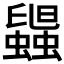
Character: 𧓟